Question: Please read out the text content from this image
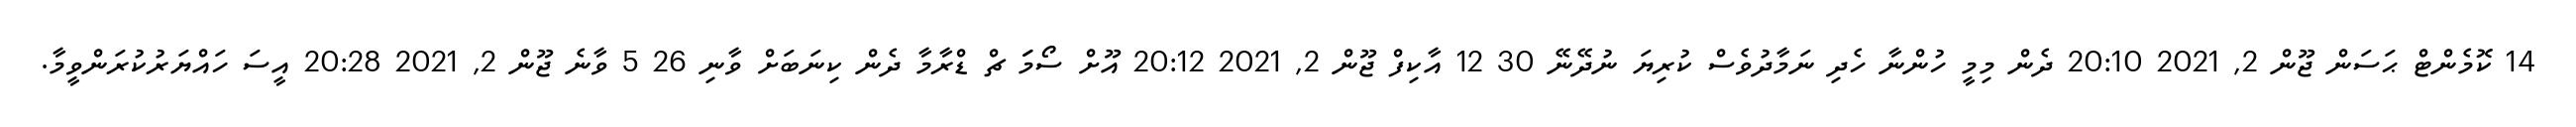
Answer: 14 ކޮމެންޓް ޙަސަން ޖޫން 2, 2021 20:10 ދެން މިމީ ހުންނާ ހެދި ނަމާދުވެސް ކުރިޔަ ނުދޭނޭ 30 12 އާކިފް ޖޫން 2, 2021 20:12 އޫށް ސޯމަަ ޗް ޑްރާމާ ދެން ކިނަބަށް ވާނި 26 5 ވާނެ ޖޫން 2, 2021 20:28 އީސަ ހައްޔަރުކުރަންވީމާ.